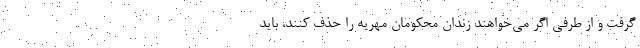
گرفت و از طرفی اگر می‌خواهند زندان محکومان مهریه را حذف کنند، باید